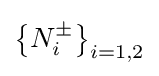
\left\{N_{i}^{\pm }\right\}_{i=1,2}